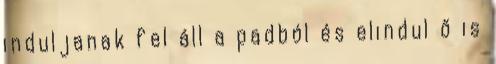
induljanak fel áll a padból és elindul ő is